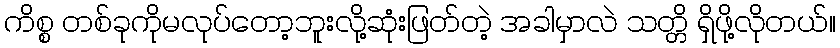
ကိစ္စ တစ်ခုကိုမလုပ်တော့ဘူးလို့ဆုံးဖြတ်တဲ့ အခါမှာလဲ သတ္တိ ရှိဖို့လိုတယ်။